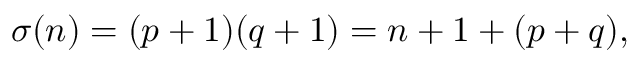
\sigma ( n ) = ( p + 1 ) ( q + 1 ) = n + 1 + ( p + q ) ,